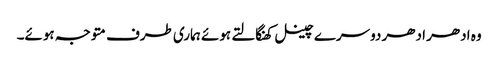
وہ ادھر ادھر دوسرے چینل کھنگالتے ہوئے ہماری طرف متوجہ ہوئے۔